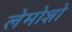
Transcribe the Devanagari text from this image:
लेमोशो